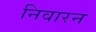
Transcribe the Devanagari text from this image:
निवारन